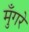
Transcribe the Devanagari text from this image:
मुँगरे